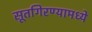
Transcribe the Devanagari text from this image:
सूतगिरण्यामध्ये